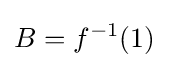
B=f^{-1}(1)